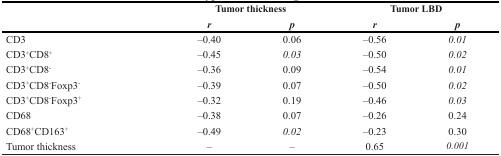
| <ROWSPAN=2>  | <COLSPAN=2> Tumor thickness | <COLSPAN=2> Tumor LBD |
 | r | p | r | p |
 | --- | --- | --- | --- | --- |
 | CD3 | –0.40 | 0.06 | –0.56 | 0.01 |
 | CD3+CD8+ | –0.45 | 0.03 | –0.50 | 0.02 |
 | CD3+CD8- | –0.36 | 0.09 | –0.54 | 0.01 |
 | CD3+CD8-Foxp3- | –0.39 | 0.07 | –0.50 | 0.02 |
 | CD3+CD8-Foxp3+ | –0.32 | 0.19 | –0.46 | 0.03 |
 | CD68 | –0.38 | 0.07 | –0.26 | 0.24 |
 | CD68+CD163+ | –0.49 | 0.02 | –0.23 | 0.30 |
 | Tumor thickness | – | – | 0.65 | 0.001 |